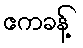
ဧကခန့်